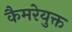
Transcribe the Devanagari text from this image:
कैमरेयुक्त